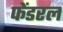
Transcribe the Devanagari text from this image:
फेंडरल